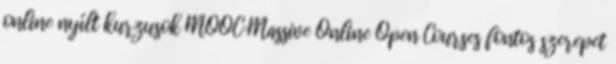
online nyílt kurzusok MOOC=Massive Online Open Courses fontos szerepet